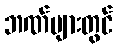
ဘဏ်များတွင်